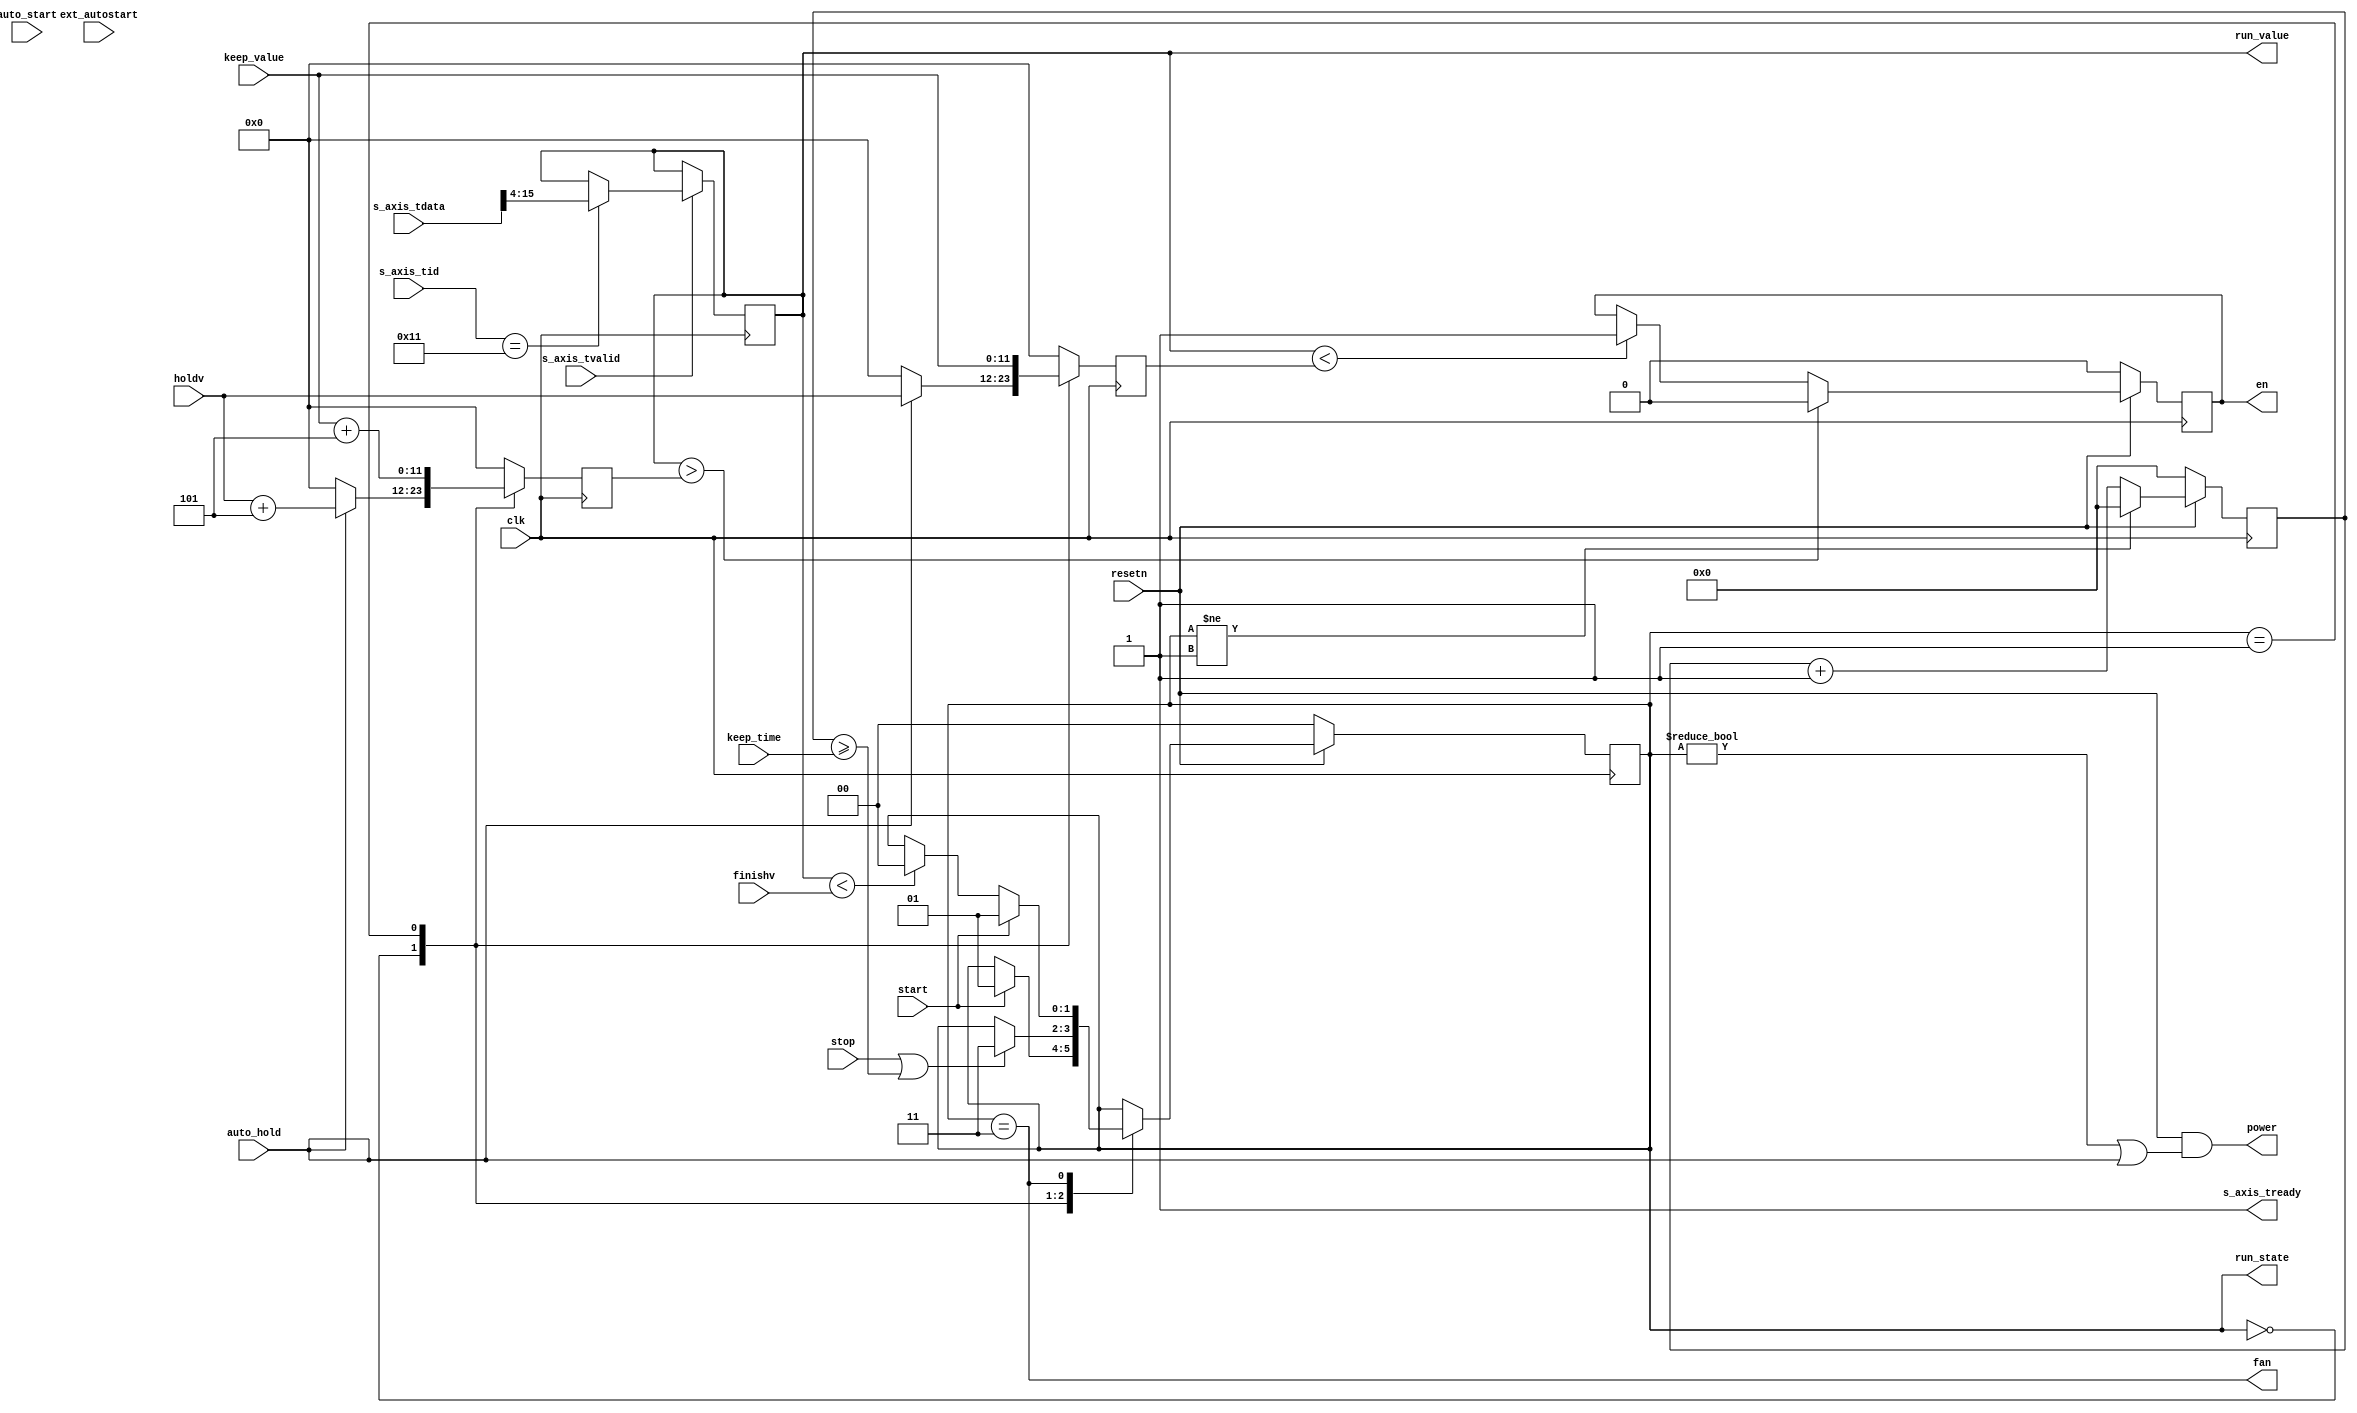
module heater # (
	parameter integer C_HEAT_VALUE_WIDTH  = 12,
	parameter integer C_HEAT_TIME_WIDTH   = 32
) (
	input  wire clk,
	input  wire resetn,
	
	input  wire ext_autostart,
	output wire power,
	output wire en,
	output wire fan,
	
	input  wire [15:0] s_axis_tdata,
	input  wire [4:0]  s_axis_tid,
	output wire        s_axis_tready,
	input  wire        s_axis_tvalid,

	output wire [2-1                 :0] run_state,
	output wire [C_HEAT_VALUE_WIDTH-1:0] run_value,

	input  wire                          auto_start,
	input  wire                          auto_hold ,
	input  wire [C_HEAT_VALUE_WIDTH-1:0] holdv     ,
	input  wire [C_HEAT_VALUE_WIDTH-1:0] keep_value,
	input  wire [C_HEAT_TIME_WIDTH-1 :0] keep_time ,
	input  wire [C_HEAT_VALUE_WIDTH-1:0] finishv   ,

	input  wire                          start     ,
	input  wire                          stop
);
	localparam integer IDLE    = 2'b00;
	localparam integer RUNNING = 2'b01;
	localparam integer WAITING = 2'b11;
	localparam integer C_TEST  = 1'b0;

	reg[1:0] __state;
	reg[C_HEAT_TIME_WIDTH-1:0] __time;
	reg[C_HEAT_VALUE_WIDTH-1:0] __up_v;
	reg[C_HEAT_VALUE_WIDTH-1:0] __low_v;

	reg[C_HEAT_VALUE_WIDTH-1:0] __v;
	reg __en;

	always @ (posedge clk) begin
		if (resetn == 1'b0)
			__state <= IDLE;
		else begin
			case (__state)
			IDLE: begin
				if (start /* check auto_start */)
					__state <= RUNNING;
			end
			RUNNING: begin
				if (stop || (__time >= keep_time))
					__state <= WAITING;
			end
			WAITING: begin
				if (start)
					__state <= RUNNING;
				else if (__v < finishv)
					__state <= IDLE;
				/// @todo enable fan?
			end
			endcase
		end
	end
	
	always @ (posedge clk) begin
		if (resetn == 1'b0)
			__time <= 0;
		else if (__state != RUNNING)
			__time <= 0;
		else
			__time <= __time + 1;
	end
	
	always @ (posedge clk) begin
		case (__state)
		IDLE: begin
			if (auto_hold) begin
				__up_v  <= holdv + 5;
				__low_v <= holdv;
			end
			else begin
				__up_v  <= 0;
				__low_v <= 0;
			end
		end
		RUNNING: begin
			__up_v  <= keep_value + 5;
			__low_v <= keep_value;
		end
		default: begin
			__up_v  <= 0;
			__low_v <= 0;
		end
		endcase
	end
	
	always @ (posedge clk) begin
		if (resetn == 1'b0)
			__en <= 1'b0;
		else if (__v > __up_v)
			__en <= 1'b0;
		else if (__v < __low_v)
			__en <= 1'b1;
	end

	assign en = __en;
	assign power = (resetn && (__state != IDLE || auto_hold));
	assign fan = (__state == WAITING);
	assign run_state = __state;
	assign run_value = __v;
	
if (C_TEST) begin
	always @ (posedge clk) begin
		if (resetn == 1'b0)
			__v <= 0;
		else if (__en) begin
			if (__v != {C_HEAT_VALUE_WIDTH {1'b1}})
				__v <= __v + 1;
		end
		else begin
			if (__v != {C_HEAT_VALUE_WIDTH {1'b0}})
				__v <= __v - 1;
		end
	end
end
else begin
	/// @brief for stream interface
	assign s_axis_tready = 1'b1;
	always @ (posedge clk) begin
		if (s_axis_tready && s_axis_tvalid) begin
			if (s_axis_tid == 17) begin
				__v <= s_axis_tdata[15:16-C_HEAT_VALUE_WIDTH];
			end
		end
	end
end

endmodule